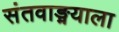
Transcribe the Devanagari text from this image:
संतवाङ्मयाला